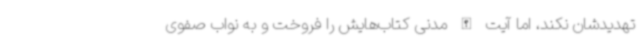
تهدیدشان نکند، اما آیت الله مدنی کتاب‌هایش را فروخت و به نواب صفوی